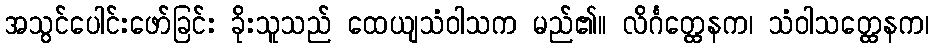
အသွင်ပေါင်းဖော်ခြင်း ခိုးသူသည် ထေယျသံဝါသက မည်၏။ လိင်္ဂတ္ထေနက၊ သံဝါသတ္ထေနက၊